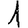
Digit: 1